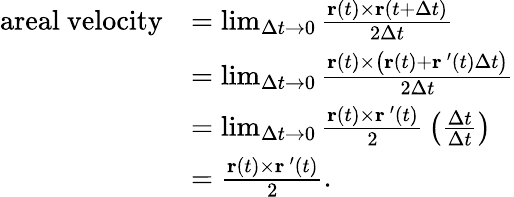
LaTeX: {\begin{array}{rl}{{\mathrm{areal~velocity}}}&{=\operatorname*{lim}_{\Delta t\rightarrow 0}{\frac{\mathbf{r}(t)\times\mathbf{r}(t+\Delta t)}{2\Delta t}}}\\ &{=\operatorname*{lim}_{\Delta t\rightarrow 0}{\frac{\mathbf{r}(t)\times{\bigl(}\mathbf{r}(t)+\mathbf{r}\, ^{\prime}(t)\Delta t{\bigr)}}{2\Delta t}}}\\ &{=\operatorname*{lim}_{\Delta t\rightarrow 0}{\frac{\mathbf{r}(t)\times\mathbf{r}\, ^{\prime}(t)}{2}}\left({\frac{\Delta t}{\Delta t}}\right)}\\ &{={\frac{\mathbf{r}(t)\times\mathbf{r}\, ^{\prime}(t)}{2}}.}\end{array}}